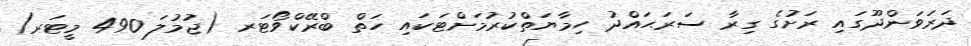
ދަރަވަންދޫގައި ރަށުގެ ގިރާ ސަރަޙައްދު ހިމާޔަތްކުރުމަށްޓަކައި ހަތް ބްރޭކްވޯޓަރ (ޖުމުލަ 490 މީޓަރ)